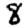
Digit: 8